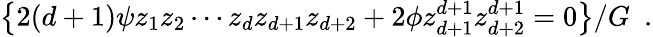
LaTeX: {\left\{ {2(d+1)\psi{z_{1}}{z_{2}}\cdots{z_{d}}{z_{d+1}}{z_{d+2}}+2\phi{z_{d+1}^{d+1}}{z_{d+2}^{d+1}}=0}\right\} /G}\, \, \, .